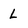
Character: L